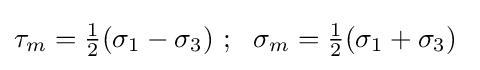
\tau _{m}={\tfrac {1}{2}}(\sigma _{1}-\sigma _{3})~;~~\sigma _{m}={\tfrac {1}{2}}(\sigma _{1}+\sigma _{3})~